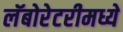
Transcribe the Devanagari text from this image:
लॅबोरेटरीमध्ये